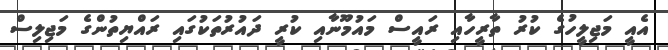
އެއީ މަޖިލީހުގެ ކުރު ތާރީހާއި ރައީސް މައުމޫނާއި ކުރީ ދައުރުތަކުގައި ރައްޔިތުންގެ މަޖިލިސް